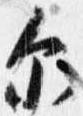
示